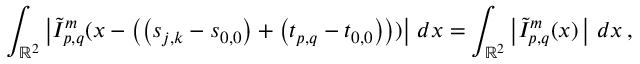
\int _ { \mathbb { R } ^ { 2 } } \left\vert \tilde { I } _ { p , q } ^ { m } ( \boldsymbol { x } - \left( \left( \boldsymbol { s } _ { j , k } - \boldsymbol { s } _ { 0 , 0 } \right) + \left( \boldsymbol { t } _ { p , q } - \boldsymbol { t } _ { 0 , 0 } \right) \right) ) \right\vert \, d \boldsymbol { x } = \int _ { \mathbb { R } ^ { 2 } } \left\vert \tilde { I } _ { p , q } ^ { m } ( \boldsymbol { x } ) \, \right\vert \, d \boldsymbol { x } \, ,